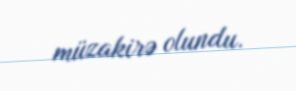
müzakirə olundu.